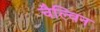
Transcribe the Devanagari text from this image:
चैल्विन